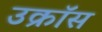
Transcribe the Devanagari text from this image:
उक्रॉस